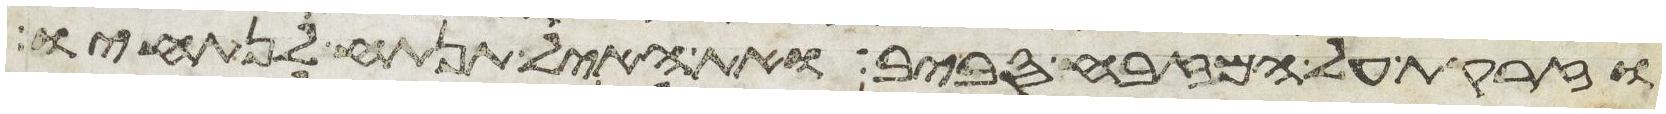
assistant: וזרקת על המזבח סביב ואת האיל תנתח לנתחיו